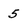
Character: 5